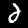
Digit: 2